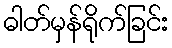
ဓါတ်မှန်ရိုက်ခြင်း